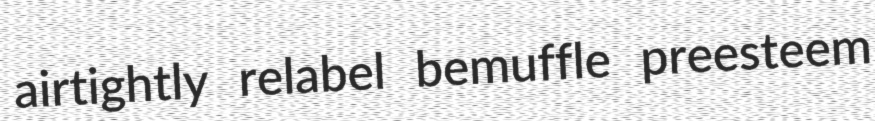
airtightly relabel bemuffle preesteem